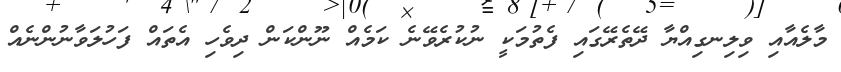
މާލެއާއި ވިލިނގިއްޔާ ދޭތެރޭގައި ފެތުމަކީ ނުކުރެވޭނެ ކަމެއް ނޫންކަން ދިވެހި އެތައް ފަހުލަވާނުންނެއް